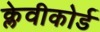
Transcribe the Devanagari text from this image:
क्लेवीकोर्ड